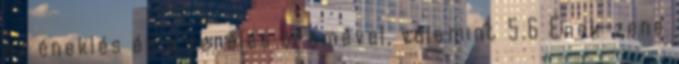
az éneklés és a zenélés örömével, valamint 5.6 Ének-zene